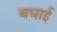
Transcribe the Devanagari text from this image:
बधाईं